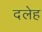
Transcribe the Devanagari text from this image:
दलेह